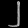
Digit: ၂